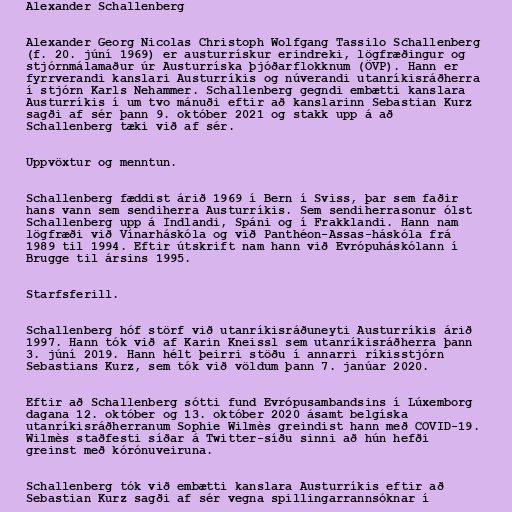
Alexander Schallenberg

Alexander Georg Nicolas Christoph Wolfgang Tassilo Schallenberg
(f. 20. júní 1969) er austurrískur erindreki, lögfræðingur og
stjórnmálamaður úr Austurríska þjóðarflokknum (ÖVP). Hann er
fyrrverandi kanslari Austurríkis og núverandi utanríkisráðherra
í stjórn Karls Nehammer. Schallenberg gegndi embætti kanslara
Austurríkis í um tvo mánuði eftir að kanslarinn Sebastian Kurz
sagði af sér þann 9. október 2021 og stakk upp á að
Schallenberg tæki við af sér.

Uppvöxtur og menntun.

Schallenberg fæddist árið 1969 í Bern í Sviss, þar sem faðir
hans vann sem sendiherra Austurríkis. Sem sendiherrasonur ólst
Schallenberg upp á Indlandi, Spáni og í Frakklandi. Hann nam
lögfræði við Vínarháskóla og við Panthéon-Assas-háskóla frá
1989 til 1994. Eftir útskrift nam hann við Evrópuháskólann í
Brugge til ársins 1995.

Starfsferill.

Schallenberg hóf störf við utanríkisráðuneyti Austurríkis árið
1997. Hann tók við af Karin Kneissl sem utanríkisráðherra þann
3. júní 2019. Hann hélt þeirri stöðu í annarri ríkisstjórn
Sebastians Kurz, sem tók við völdum þann 7. janúar 2020.

Eftir að Schallenberg sótti fund Evrópusambandsins í Lúxemborg
dagana 12. október og 13. október 2020 ásamt belgíska
utanríkisráðherranum Sophie Wilmès greindist hann með COVID-19.
Wilmès staðfesti síðar á Twitter-síðu sinni að hún hefði
greinst með kórónuveiruna.

Schallenberg tók við embætti kanslara Austurríkis eftir að
Sebastian Kurz sagði af sér vegna spillingarrannsóknar í